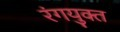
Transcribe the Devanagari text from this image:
रंगयुक्त